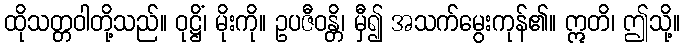
ထိုသတ္တဝါတို့သည်။ ဝုဋ္ဌိံ၊ မိုးကို။ ဥပဇီဝန္တိ၊ မှီ၍ အသက်မွေးကုန်၏။ ဣတိ၊ ဤသို့။